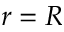
r = R